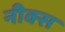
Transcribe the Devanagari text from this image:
नीक्स